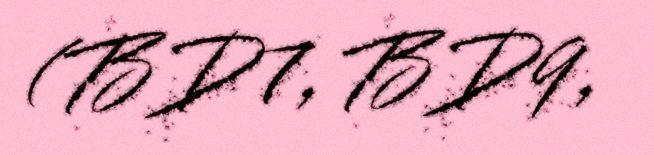
(BD7, BD9,